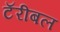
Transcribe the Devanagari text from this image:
टॅरीबल